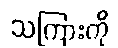
သကြားကို